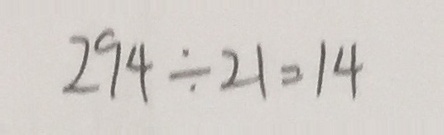
2 9 4 \div 2 1 = 1 4